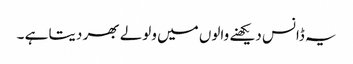
یہ ڈانس دیکھنے والوں میں ولولے بھر دیتا ہے ۔